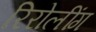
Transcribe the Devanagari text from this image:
रिरोलींग